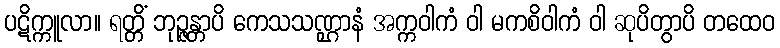
ပဋိက္ကူလာ။ ရတ္တိံ ဘုဉ္ဇန္တာပိ ကေသသဏ္ဌာနံ အက္ကဝါကံ ဝါ မကစိဝါကံ ဝါ ဆုပိတွာပိ တထေဝ